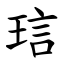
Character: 琂